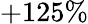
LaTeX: +125\%